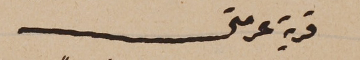
قرية عرمتى